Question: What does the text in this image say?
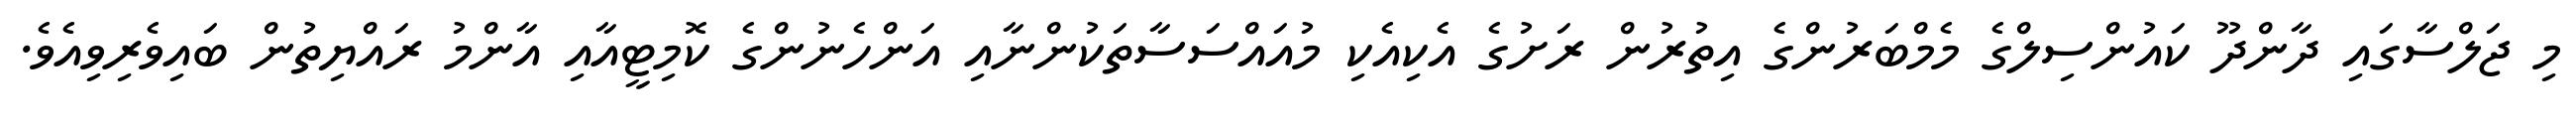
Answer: މި ޖަލްސާގައި ދާންދޫ ކައުންސިލްގެ މެމްބަރުންގެ އިތުރުން ރަށުގެ އެކިއެކި މުއައްސަސާތަކުންނާއި އަންހެނުންގެ ކޮމިޓީއާއި އާންމު ރައްޔިތުން ބައިވެރިވިއެވެ.